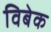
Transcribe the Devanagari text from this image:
विबेक